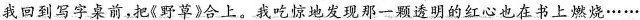
我回到写字桌前，把《野草》合上。我吃惊地发现那一颗透明的红心也在书上燃烧……